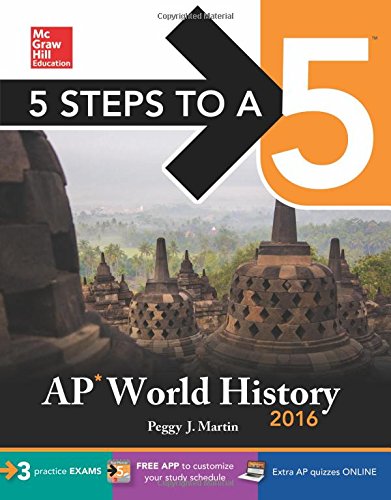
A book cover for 5 Steps to a 5 AP World History 2016 (5 Steps to a 5 on the Advanced Placement Examinations Series); Peggy Martin; Test Preparation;